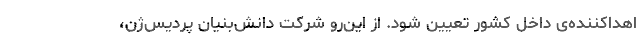
اهداکننده‌ی داخل کشور تعیین شود. از این‌رو شرکت دانش‌بنیان پردیس‌ژن،